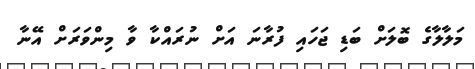
މަލާލާގެ ބޮލަށް ބަޑި ޖަހައި ފުރާނަ އަށް ނުރައްކާ ވާ މިންވަރަށް އޭނާ